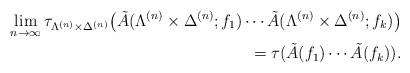
LaTeX: \begin{align*}\lim_{n\to\infty}\tau_{\Lambda^{(n)}\times\Delta^{(n)}} \big( \tilde A(\Lambda^{(n)}\times\Delta^{(n)};f_1)\dotsm \tilde A(\Lambda^{(n)}\times\Delta^{(n)};f_k)\big)\\=\tau(\tilde A(f_1)\dotsm \tilde A(f_k)).\end{align*}